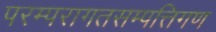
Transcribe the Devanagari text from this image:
परम्परागतसम्पत्तिगण